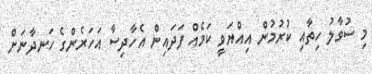
މި ސުވާލު ހިތާއި ކުރުމުން އިއްޔަވީ ކަމެއް ފަދައިން އެހާދިސާ އަހަރެންގެ ހަނދާނަށް